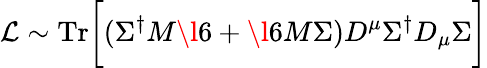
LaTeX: {\cal L}\sim\mathrm{Tr}\biggl[(\Sigma^{\dagger}M\l 6+\l 6M\Sigma)D^{\mu}\Sigma^{\dagger}D_{\mu}\Sigma\biggr]